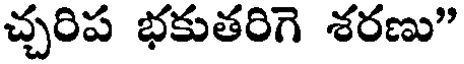
చ్చరిప భకుతరిగె శరణు"